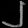
Digit: ၂